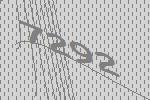
7292